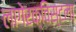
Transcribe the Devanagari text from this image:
लागेरक्विस्टला